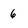
Character: 6